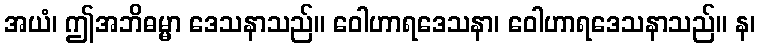
အယံ၊ ဤအဘိဓမ္မာ ဒေသနာသည်။ ဝေါဟာရဒေသနာ၊ ဝေါဟာရဒေသနာသည်။ န၊